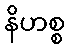
နိဟစ္စ